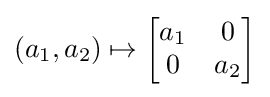
(a_{1},a_{2})\mapsto {\begin{bmatrix}a_{1}&0\\0&a_{2}\end{bmatrix}}